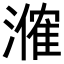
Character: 𬈼